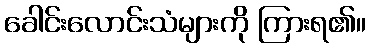
ခေါင်းလောင်းသံများကို ကြားရ၏။